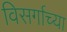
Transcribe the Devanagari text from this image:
विसर्गाच्या